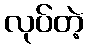
လုပ်တဲ့